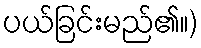
ပယ်ခြင်းမည်၏။)